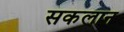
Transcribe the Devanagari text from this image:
सकलान